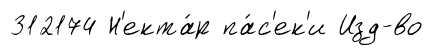
312174 Н'екта́р па́с'ек'и Изд-во